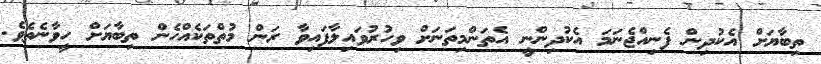
ތިބާޔަށް އެކުދިން ފެނިއްޖެނަމަ އެކުދިންނީ އެތަންމިތަނަށް ވިހުރުވައިލާފައިވާ ރަން މުތްތަކެއްހެން ތިބާޔަށް ހީވާނެތެވެ.